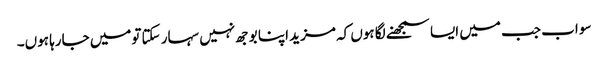
سو اب جب میں ایسا سمجھنے لگا ہوں کہ مزید اپنا بوجھ نہیں سہار سکتا تومیں جارہا ہوں۔